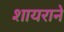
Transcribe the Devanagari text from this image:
शायराने